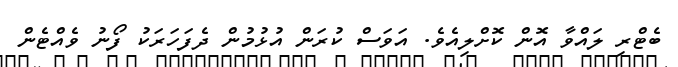
ބެޓްރި ލައްވާ އޮން ކޮށްލިއެވެ. އަވަސް ކުރަން އުޅުމުން ދެފަހަރަކު ފޯނު ވެއްޓެން